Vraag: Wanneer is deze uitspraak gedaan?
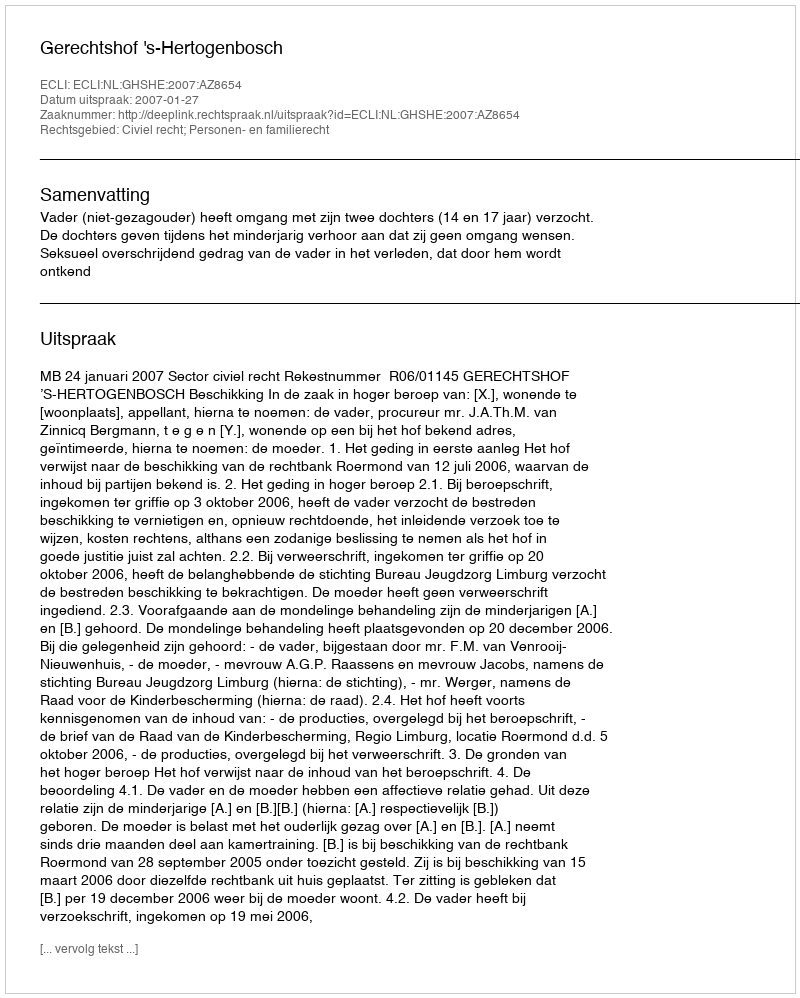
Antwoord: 2007-01-27